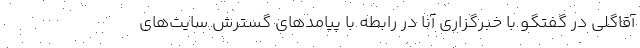
آقاگلی در گفتگو با خبرگزاری آنا در رابطه با پیامدهای گسترش سایت‌های